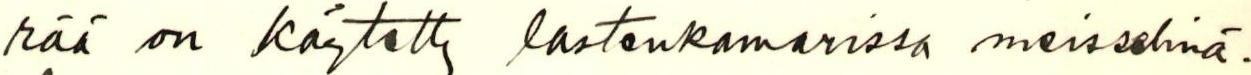
rää on käytetty lastenkamarissa meisselinä.